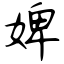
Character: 婢